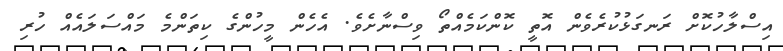
އިސްލާހުކޮށް ރަނގަޅުކުރެވެން އޮތީ ކޮންކަމެއްތޯ ވިސްނާށެވެ. އެހެން މީހުންގެ ކިތަންމެ މައްސަލައެއް ހުރި